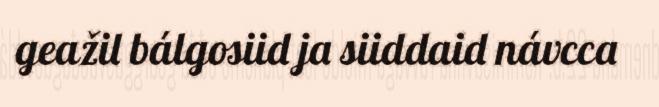
geažil bálgosiid ja siiddaid návcca